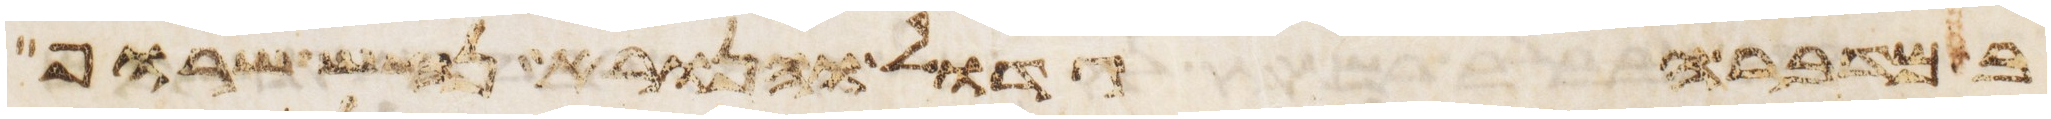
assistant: במדבר הגדול והנורא נחש שרוף